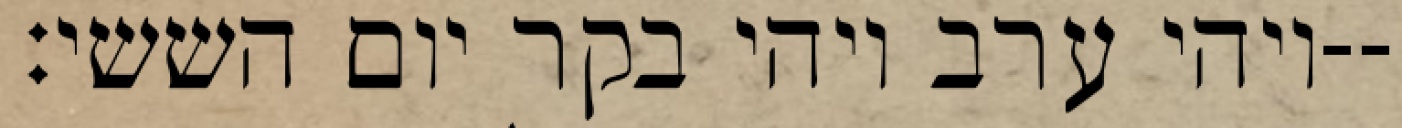
ויהי ערב ויהי בקר יום הששי׃--